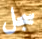
سجل